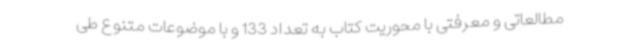
مطالعاتی و معرفتی با محوریت کتاب به تعداد 133 و با موضوعات متنوع طی